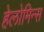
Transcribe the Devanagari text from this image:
हेलोमिन्स